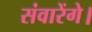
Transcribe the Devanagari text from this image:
संवारेंगे।